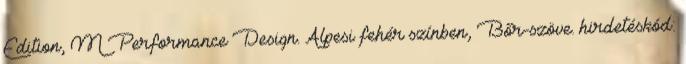
Edition, M Performance Design. Alpesi fehér színben, Bőr-szöve. hirdetéskód: